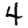
Digit: 4